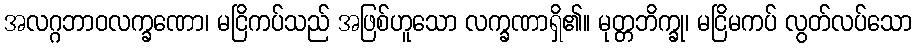
အလဂ္ဂဘာဝလက္ခဏော၊ မငြိကပ်သည် အဖြစ်ဟူသော လက္ခဏာရှိ၏။ မုတ္တဘိက္ခု၊ မငြိမကပ် လွတ်လပ်သော